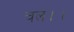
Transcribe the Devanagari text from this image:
चल।।